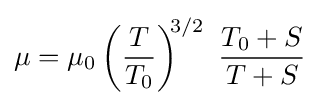
\mu =\mu _{0}\left({\frac {T}{T_{0}}}\right)^{\!\!3/2}\ {\frac {T_{0}+S}{T+S}}